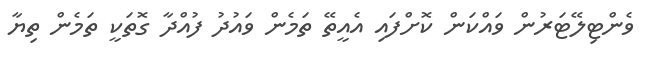
ވެންޓިލޭޓަރުން ވައްކަން ކޮށްފައި އެއީތޭ ތަމެން ވައުދު ފުއްދާ ގޮތަކީ ތަމެން ތިޔާ